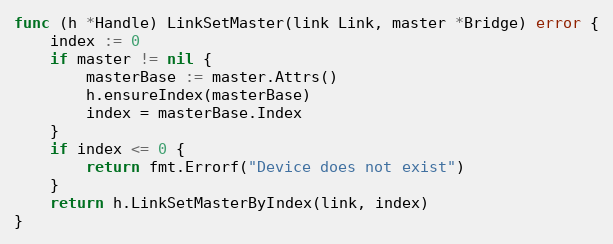
Language: Go
func (h *Handle) LinkSetMaster(link Link, master *Bridge) error {
	index := 0
	if master != nil {
		masterBase := master.Attrs()
		h.ensureIndex(masterBase)
		index = masterBase.Index
	}
	if index <= 0 {
		return fmt.Errorf("Device does not exist")
	}
	return h.LinkSetMasterByIndex(link, index)
}